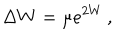
\Delta W = \mu e ^ { 2 W } \, ,